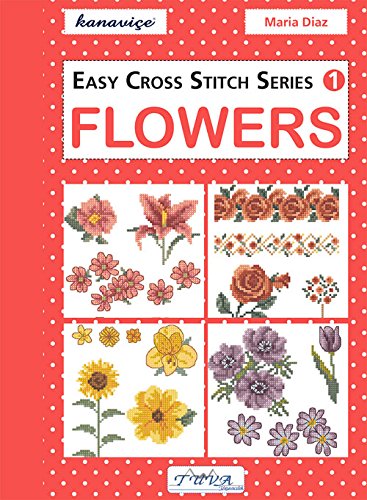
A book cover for Easy Cross Stitch Series 1: Flowers; Maria Diaz; Crafts, Hobbies & Home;